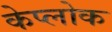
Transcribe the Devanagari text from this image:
केप्लोक